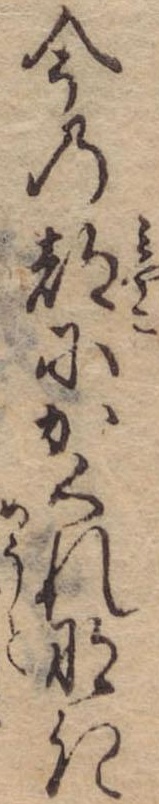
今の都にかくれなき